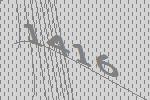
1416